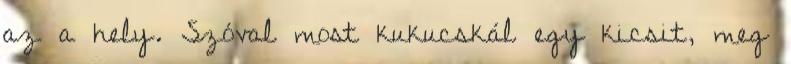
az a hely. Szóval most kukucskál egy kicsit, meg